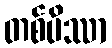
တစ်ပိဿာ